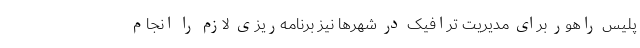
پلیس راهور برای مدیریت ترافیک در شهرها نیز برنامه‌ریزی لازم را انجام